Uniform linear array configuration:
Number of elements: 24
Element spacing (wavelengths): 1
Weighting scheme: blackman
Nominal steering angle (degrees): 30
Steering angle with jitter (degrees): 29.333
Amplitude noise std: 0.05
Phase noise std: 0.05

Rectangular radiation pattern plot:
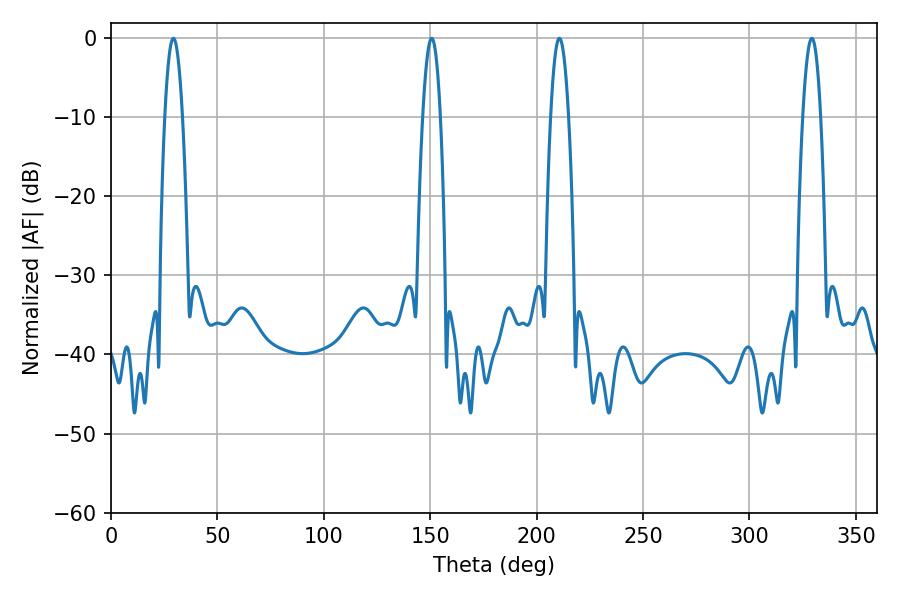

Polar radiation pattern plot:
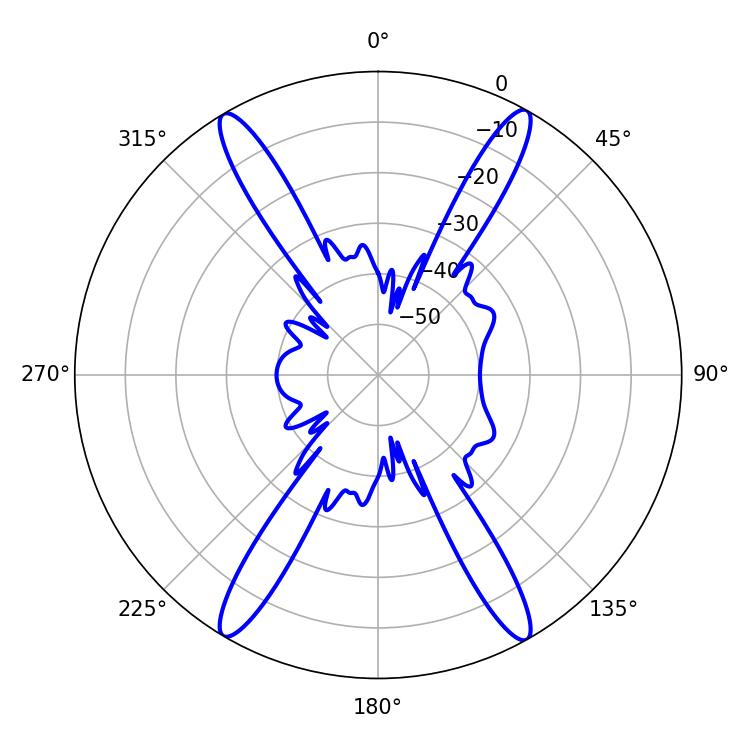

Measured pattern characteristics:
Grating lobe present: TRUE
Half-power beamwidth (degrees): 4.68
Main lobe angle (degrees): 29.34